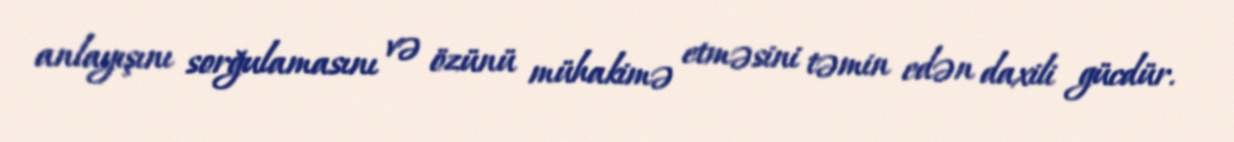
anlayışını sorğulamasını və özünü mühakimə etməsini təmin edən daxili gücdür.